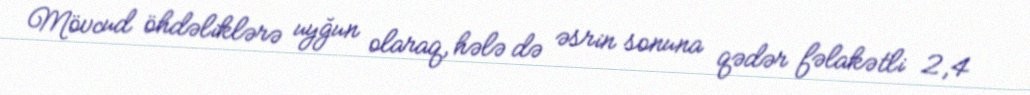
Mövcud öhdəliklərə uyğun olaraq, hələ də əsrin sonuna qədər fəlakətli 2,4